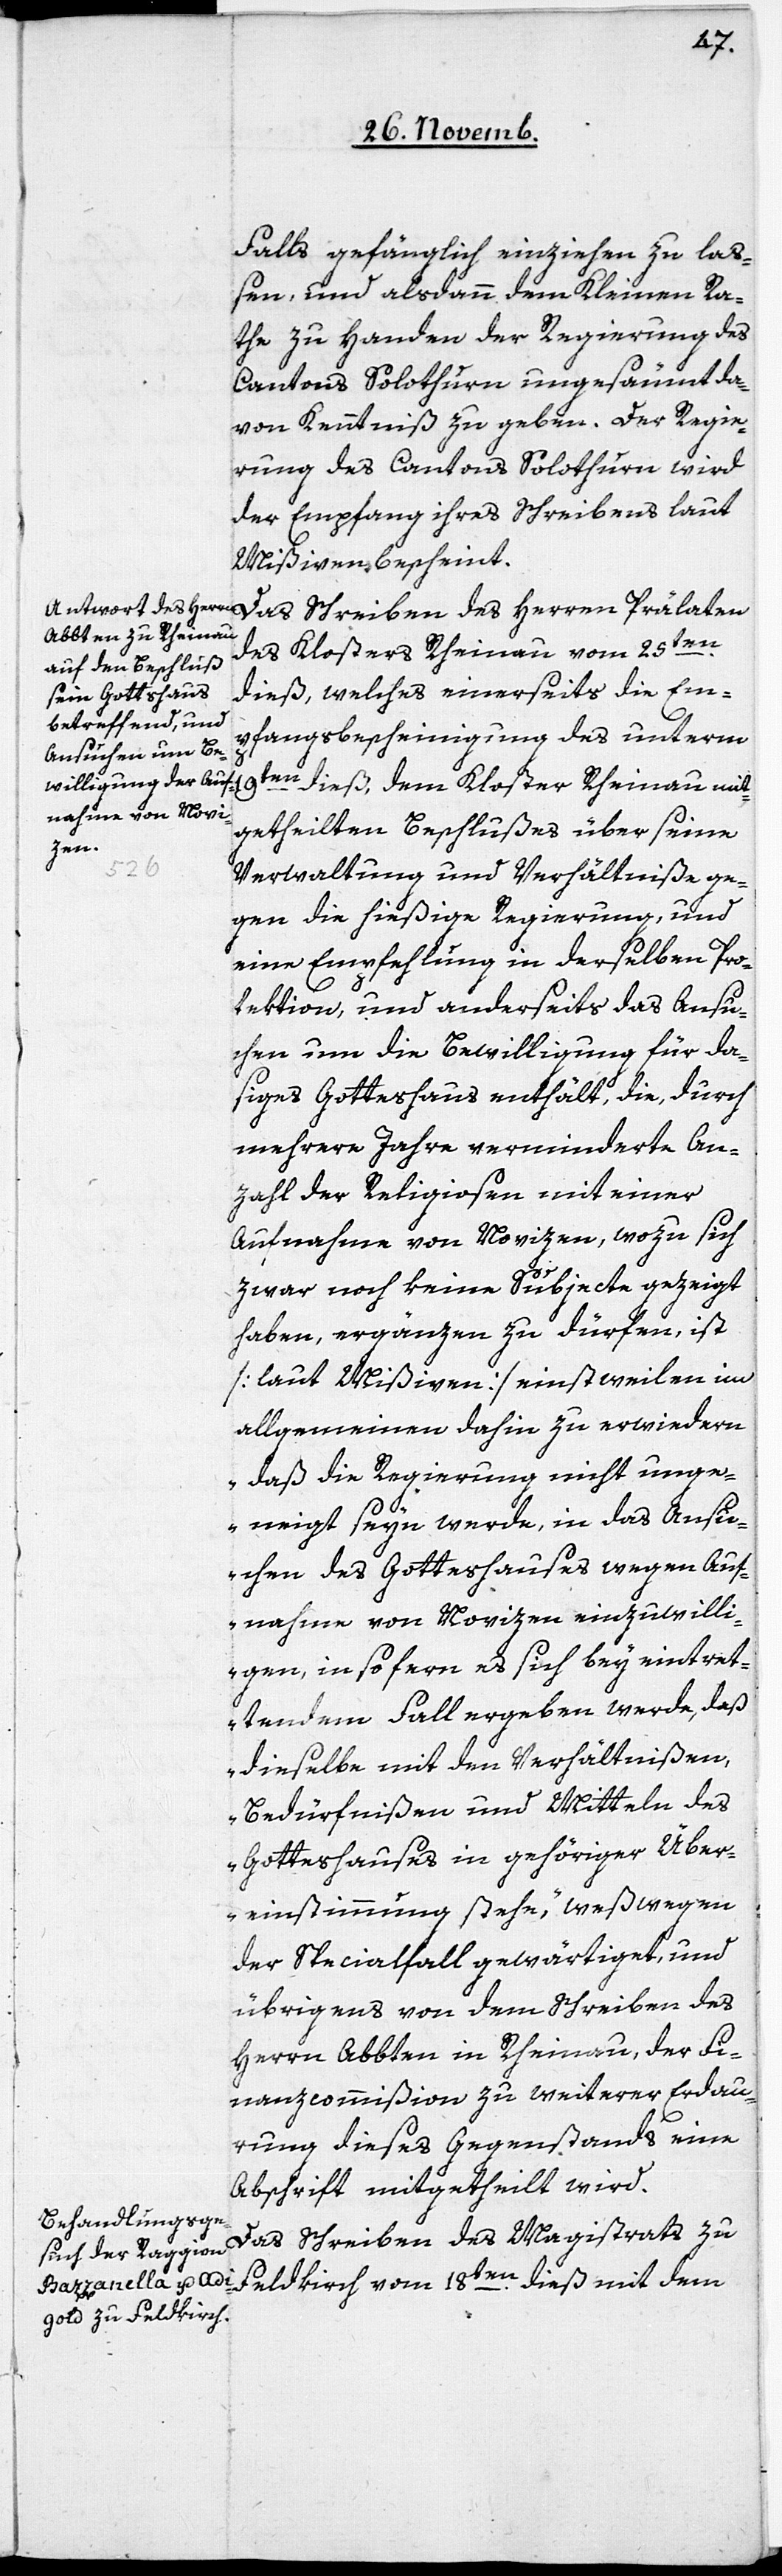
Falls gefänglich einziehen zu laß¬
en, und alsdann dem Kleinen Ra¬
the zu Handen der Regierung des
Cantons Solothurn ungesäumt da¬
von Kenntniß zu geben. Der Regie¬
rung des Cantons Solothurn wird
der Empfang ihres Schreibens laut
Mißiven bescheint.
Das Schreiben des Herrn Prälaten
des Klosters Rheinau vom 25ten.
dieß, welches einerseits die Em¬
pfangsbescheinigung des unterm
19ten. dieß, dem Kloster Rheinau mit¬
getheilten Beschlußes über seine
Verwaltung und Verhältniße ge¬
gen die hießige Regierung, und
eine Empfehlung in derselben Pro¬
tektion, und anderseits das Ansu¬
chen um die Bewilligung für da¬
siges Gotteshaus enthält, die, durch
mehrere Jahre verminderte An¬
zahl der Religiosen mit einer
Aufnahme von Novizen, wozu sich
zwar noch keine Subjecte gezeigt
haben, ergänzen zu dürfen, ist
[laut Mißiven] einstweilen im
allgemeinen dahin zu erwiedern
„daß die Regierung nicht unge¬
neigt seyn werde, in das Ansu¬
chen des Gotteshauses wegen Auf¬
nahme von Novizen einzuwilli¬
gen, insofern es sich bey eintret¬
tendem Fall ergeben werde, daß
dieselbe mit den Verhältnißen,
Bedürfnißen und Mitteln des
Gotteshauses in gehöriger Über¬
einstimmung stehe,“ weßwegen
der Specialfall gewärtiget, und
übrigens von dem Schreiben des
Herren Abbten in Rheinau, der Fi¬
nanzcommißion zu weiterer Erdau¬
rung dieses Gegenstands eine
Abschrift mitgetheilt wird.
Das Schreiben des Magistrats zu
Feldkirch vom 18ten. dieß mit dem